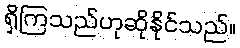
ရှိကြသည်ဟုဆိုနိုင်သည်။